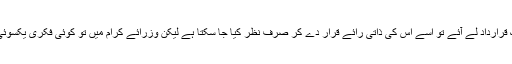
کوئی عام رکن اسمبلی ایک قرارداد لے آئے تو اسے اس کی ذاتی رائے قرار دے کر صرف نظر کیا جا سکتا ہے لیکن وزرائے کرام میں تو کوئی فکری یکسوئی یا مشاورت ہونی چاہیے۔